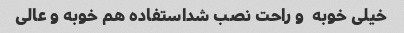
خیلی خوبه  و راحت نصب شداستفاده هم خوبه و عالی